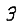
Digit: 3